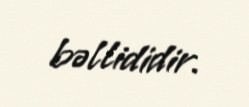
bəllididir.